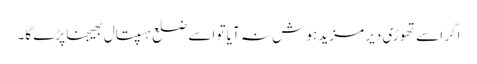
اگر اسے تھوڑی دیر مزید ہوش نہ آیا تو اسے ضلع ہسپتال بھیجنا پڑے گا۔